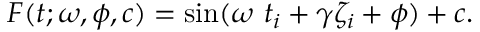
F ( t ; \omega , \phi , c ) = \sin ( \omega \, \, t _ { i } + \gamma \zeta _ { i } + \phi ) + c .